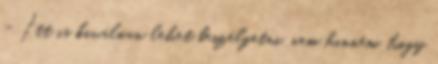
- Itt is kiválóan lehet beszélgetni, nem hinném, hogy